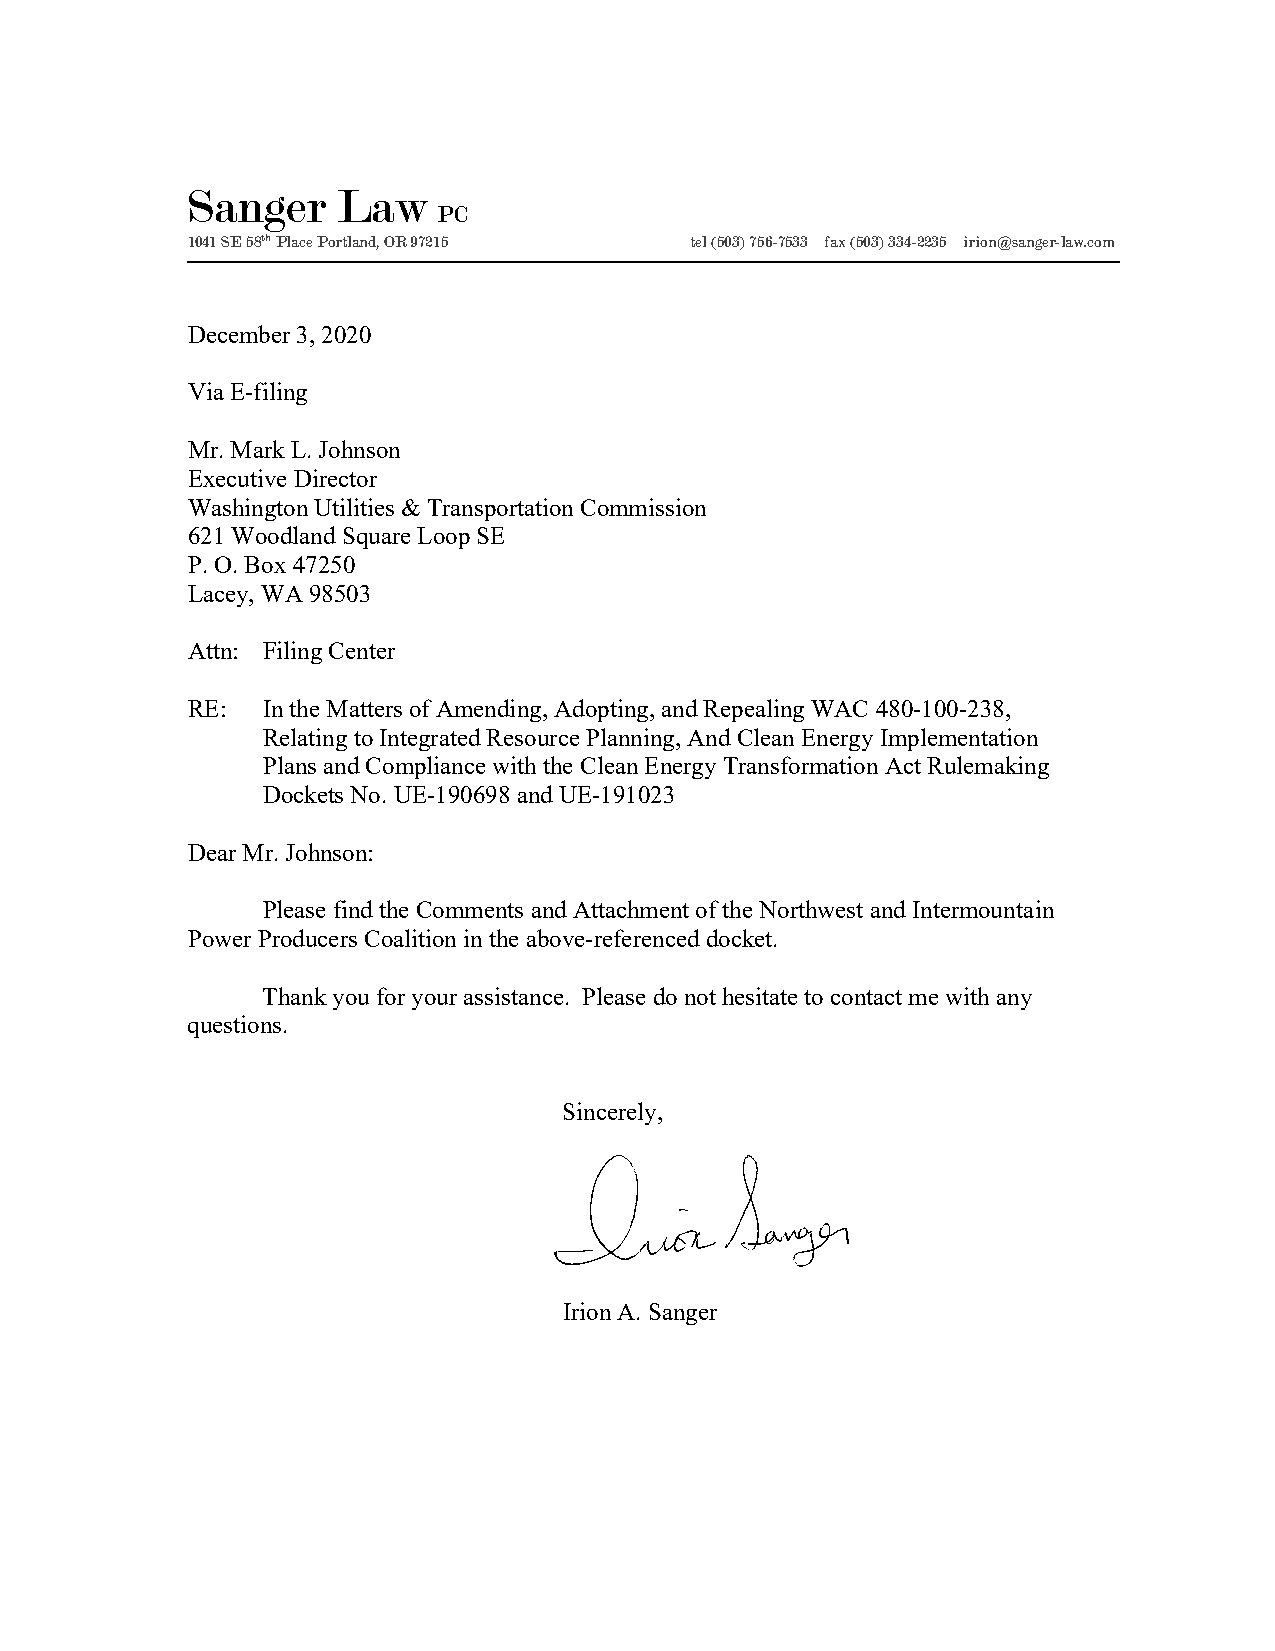
Sanger    Law
 PC
 1041 SE 58th Place Portland, OR 97215 tel (503) 756-7533 fax (503) 334-2235 irion@sanger-law.com
 ___________________________________________________________________________________________________________________________________________________________________________________
 December 3, 2020
 Via E-filing
 Mr. Mark L. Johnson
 Executive Director
 Washington Utilities & Transportation Commission
 621 Woodland Square Loop SE
 P. O. Box 47250
 Lacey, WA 98503
 Attn: Filing Center
 RE:  In the Matters of Amending, Adopting, and Repealing WAC 480-100-238,
 Relating to Integrated Resource Planning, And Clean Energy Implementation
 Plans and Compliance with the Clean Energy Transformation Act Rulemaking
 Dockets No. UE-190698 and UE-191023
 Dear Mr. Johnson:
 Please find the Comments and Attachment of the Northwest and Intermountain
 Power Producers Coalition in the above-referenced docket.
 Thank you for your assistance. Please do not hesitate to contact me with any
 questions.
 Sincerely,
 Irion A. Sanger